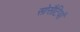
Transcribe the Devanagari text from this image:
सोसैटियाँ